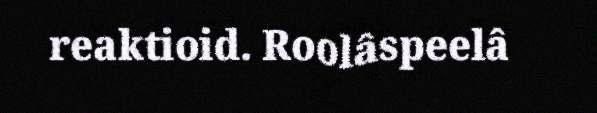
reaktioid. Roolâspeelâ